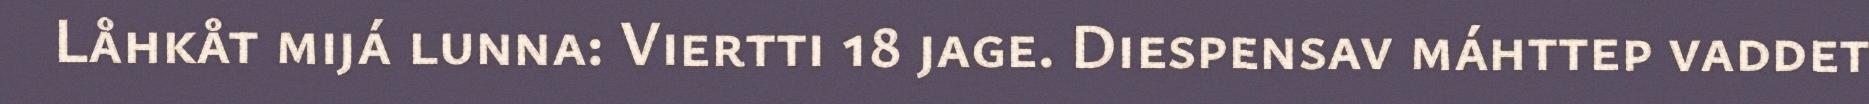
Låhkåt mijá lunna: Viertti 18 jage. Diespensav máhttep vaddet